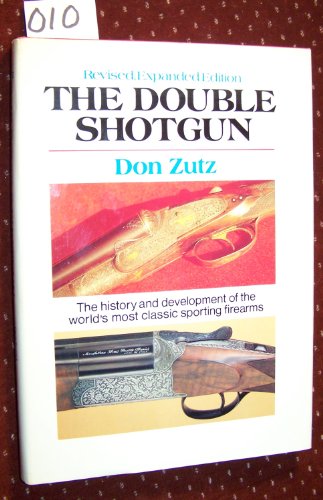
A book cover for The Double Shotgun; Don Zutz; Crafts, Hobbies & Home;